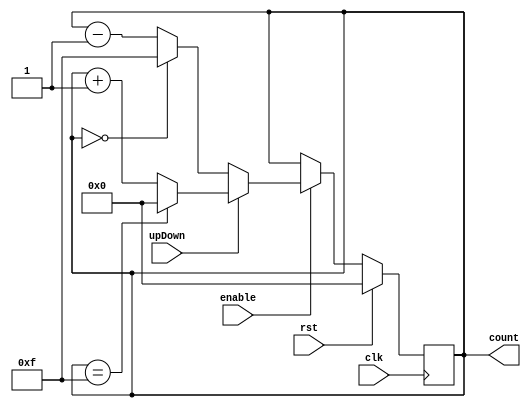


module Count4(clk,rst,enable,upDown, count);
   
   input clk, rst, enable, upDown;
   output reg [3:0] count;

always @(posedge clk) begin
    if (rst) begin
        count <= 4'b0000;
    end
    else begin
        if (enable) begin
            if (upDown) begin
                if (count == 4'b1111) begin
                    count <= 4'b0000;
                end
                else begin
                    count <= count + 1;
                end
            end
            else begin
                if (count == 4'b0000) begin
                    count <= 4'b1111;
                end
                else begin
                    count <= count - 1;
                end
            end
        end
    end
end

endmodule